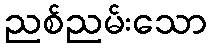
ညစ်ညမ်းသော